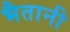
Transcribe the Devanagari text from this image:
भैतानी